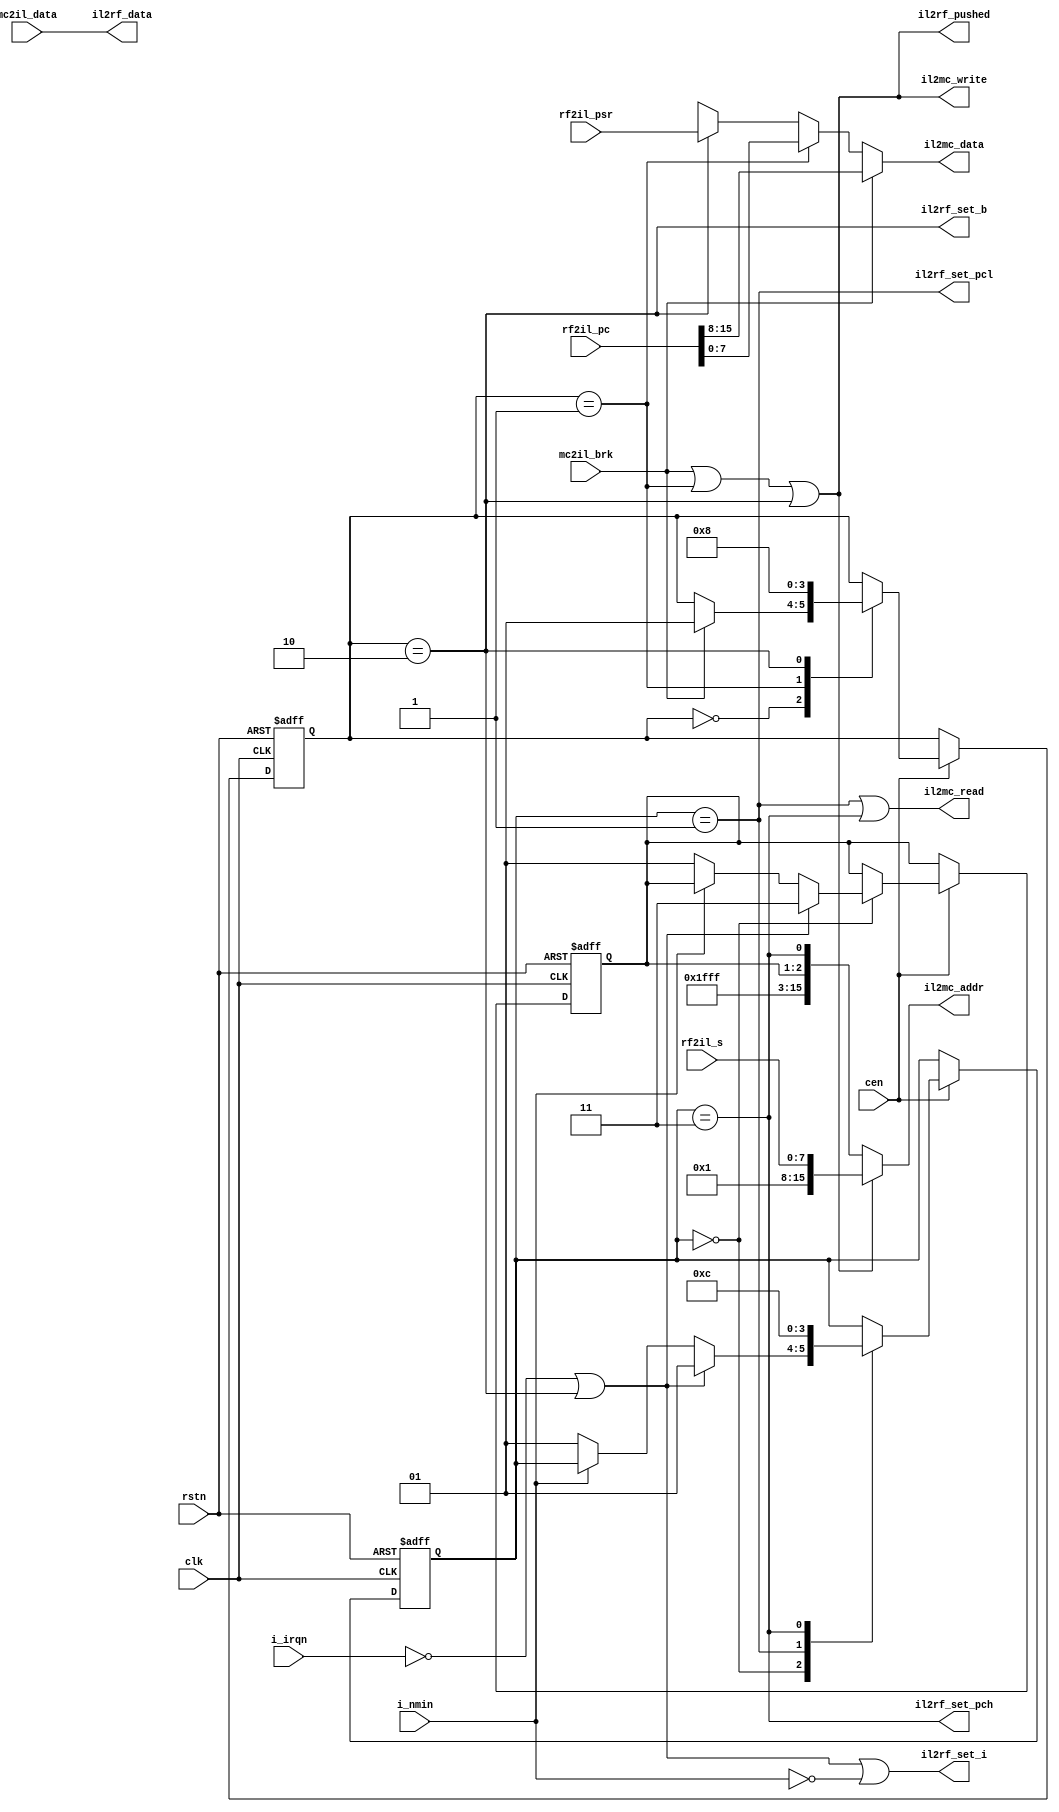
// Copyright (c) 2014 Takashi Toyoshima <toyoshim@gmail.com>.
// All rights reserved.  Use of this source code is governed by a BSD-style
// license that can be found in the LICENSE file.

// TODO: NMI and IRQ handling is not correct. It should push PC and PSR to
// stack, and follow timing constraint. It must be realized by collaboration
// with the core sequencer.
module MC6502InterruptLogic(
    clk,
    cen,
    rstn,
    i_irqn,
    i_nmin,
    // MemoryController interfaces.
    mc2il_data,
    mc2il_brk,
    il2mc_addr,
    il2mc_read,
    il2mc_write,
    il2mc_data,
    // RegisterFile interfaces.
    rf2il_s,
    rf2il_psr,
    rf2il_pc,
    il2rf_set_i,
    il2rf_set_b,
    il2rf_data,
    il2rf_set_pcl,
    il2rf_set_pch,
    il2rf_pushed);
  input         clk;
  input         cen;
  input         rstn;
  input         i_irqn;
  input         i_nmin;

  input  [ 7:0] mc2il_data;
  input         mc2il_brk;
  output [15:0] il2mc_addr;
  output        il2mc_read;
  output        il2mc_write;
  output [ 7:0] il2mc_data;

  input  [ 7:0] rf2il_s;
  input  [ 7:0] rf2il_psr;
  input  [15:0] rf2il_pc;
  output        il2rf_set_i;
  output        il2rf_set_b;
  output [ 7:0] il2rf_data;
  output        il2rf_set_pcl;
  output        il2rf_set_pch;
  output        il2rf_pushed;

  reg    [ 1:0] r_res_state;
  reg    [ 1:0] r_int_state;
  reg    [ 1:0] r_vector;

  wire          w_read_pcl;
  wire          w_read_pch;

  localparam VECTOR_NMI = 2'b01;
  localparam VECTOR_RES = 2'b10;
  localparam VECTOR_IRQ = 2'b11;
  localparam VECTOR_BRK = 2'b11;

  localparam S_RES_IDLE     = 2'b00;
  localparam S_RES_LOAD_PCL = 2'b01;
  localparam S_RES_LOAD_PCH = 2'b11;

  localparam S_INT_IDLE     = 2'b00;
  localparam S_INT_PUSH_PCL = 2'b01;
  localparam S_INT_PUSH_PSR = 2'b10;

  assign il2mc_addr    = il2mc_write ? { 8'h01, rf2il_s } :
                         { 12'hfff, 1'b1, r_vector, w_read_pch };
  assign il2mc_read    = w_read_pcl | w_read_pch;
  assign il2mc_write   = mc2il_brk | (r_int_state == S_INT_PUSH_PCL) |
                         (r_int_state == S_INT_PUSH_PSR);
  assign il2mc_data    = mc2il_brk ? rf2il_pc[15:8] :
                         (r_int_state == S_INT_PUSH_PCL) ? rf2il_pc[7:0] :
                         (r_int_state == S_INT_PUSH_PSR) ? rf2il_psr :
                          8'hxx;
  assign il2rf_set_i   = (r_int_state == S_INT_PUSH_PSR) | !i_irqn | !i_nmin;
  assign il2rf_set_b   = r_int_state == S_INT_PUSH_PSR;
  assign il2rf_data    = mc2il_data;
  assign il2rf_set_pcl = w_read_pcl;
  assign il2rf_set_pch = w_read_pch;
  assign il2rf_pushed  = il2mc_write;

  assign w_read_pcl    = r_res_state == S_RES_LOAD_PCL;
  assign w_read_pch    = r_res_state == S_RES_LOAD_PCH;

  always @ (posedge clk or negedge rstn) begin
    if (!rstn) begin
      r_res_state  <= S_RES_LOAD_PCL;
      r_vector     <= VECTOR_RES;
    end else if(cen) begin
      case (r_res_state)
        S_RES_IDLE: begin
          if (!i_irqn | (r_int_state == S_INT_PUSH_PSR)) begin
            r_res_state  <= S_RES_LOAD_PCL;
            r_vector     <= VECTOR_IRQ;
          end else if (!i_nmin) begin
            r_res_state  <= S_RES_LOAD_PCL;
            r_vector     <= VECTOR_NMI;
          end
        end
        S_RES_LOAD_PCL: begin
          r_res_state  <= S_RES_LOAD_PCH;
        end
        S_RES_LOAD_PCH: begin
          r_res_state  <= S_RES_IDLE;
        end
        default:;
      endcase  // r_res_state
    end
  end  // always @ (posedge clk or negedge rstn)

  always @ (posedge clk or negedge rstn) begin
    if (!rstn) begin
      r_int_state <= S_INT_IDLE;
    end else if(cen) begin
      case (r_int_state)
        S_INT_IDLE: begin
          if (mc2il_brk) begin
            r_int_state <= S_INT_PUSH_PCL;
          end
        end
        S_INT_PUSH_PCL: begin
          r_int_state <= S_INT_PUSH_PSR;
        end
        S_INT_PUSH_PSR: begin
          r_int_state <= S_INT_IDLE;
        end
        default:;
      endcase  // r_int_state
    end
  end  // always @ (posedge clk or negedge rstn)
endmodule  // MC6502InterruptLogic